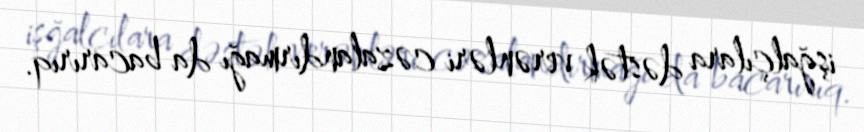
işğalçılara dəstək verənləri cəzalandırmağı da bacarırıq.